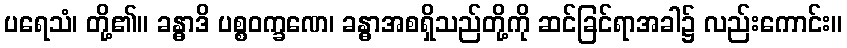
ပရေသံ၊ တို့၏။ ခန္ဓာဒိ ပစ္စဝက္ခဏေ၊ ခန္ဓာအစရှိသည်တို့ကို ဆင်ခြင်ရာအခါ၌ လည်းကောင်း။